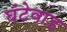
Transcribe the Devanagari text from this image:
घंटेवाड